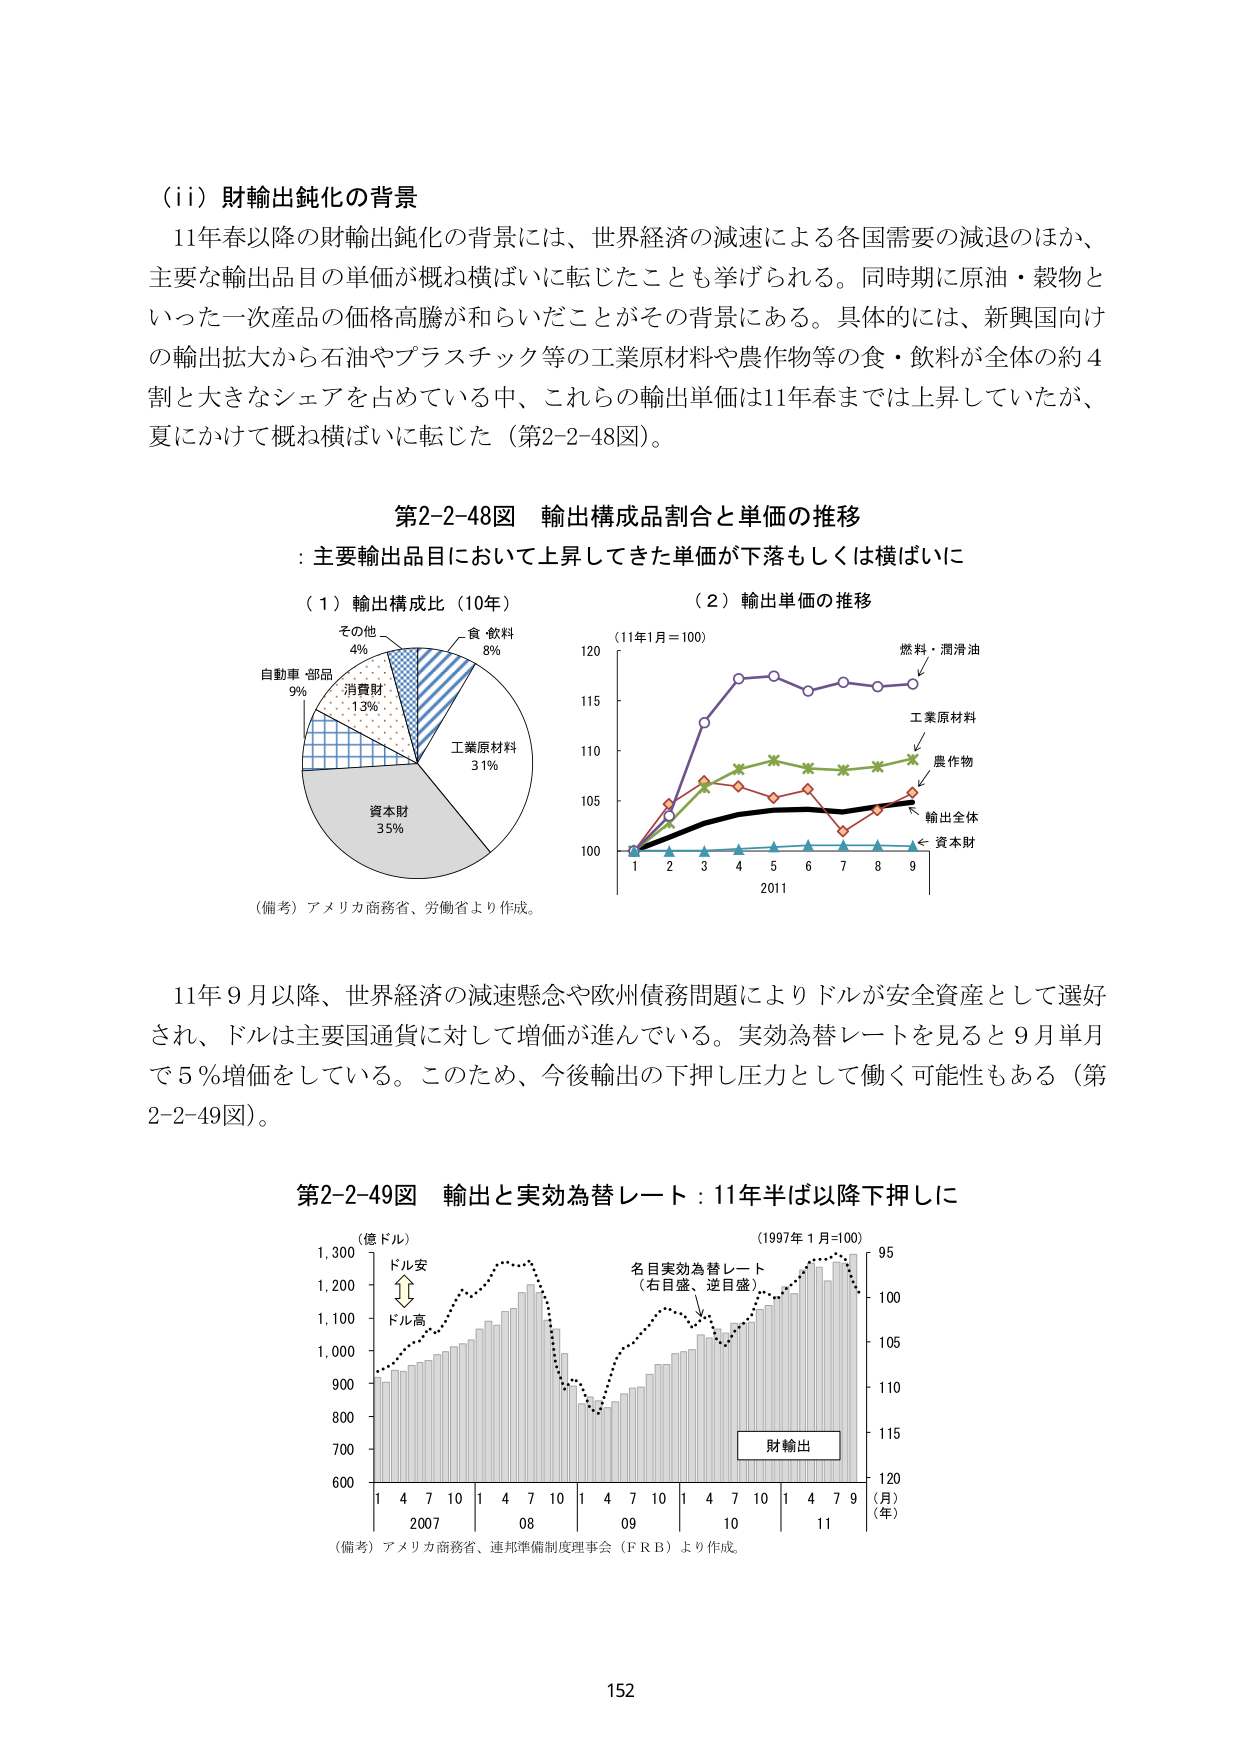
(ii) 財輸出鈍化の背景
11年春以降の財輸出鈍化の背景には、世界経済の減速による各国需要の減退のほか、主要な輸出品目の単価が概ね横ばいに転じたことも挙げられる。同時期に原油・穀物といった一次産品の価格高騰が和らいだことがその背景にある。具体的には、新興国向けの輸出拡大から石油やプラスチック等の工業原材料や農作物等の食・飲料が全体の約4割と大きなシェアを占めている中、これらの輸出単価は11年春までは上昇していたが、夏にかけて概ね横ばいに転じた（第2-2-48図）。

第2-2-48図 輸出構成品割合と単価の推移
: 主要輸出品目において上昇してきた単価が下落もしくは横ばいに

（1）輸出構成比（10年）
その他 4%
食・飲料 8%
自動車・部品 9%
消費財 13%
工業原材料 31%
資本財 35%
（備考）アメリカ商務省、労働省より作成。

（2）輸出単価の推移
（11年1月＝100）
燃料・潤滑油
工業原材料
農作物
輸出全体
資本財
120
115
110
105
100
1 2 3 4 5 6 7 8 9
2011

11年9月以降、世界経済の減速懸念や欧州債務問題によりドルが安全資産として選好され、ドルは主要国通貨に対して増価が進んでいる。実効為替レートを見ると9月単月で5％増価をしている。このため、今後輸出の下押し圧力として働く可能性もある（第2-2-49図）。

第2-2-49図 輸出と実効為替レート：11年半ば以降下押しに
（億ドル）
1,300
1,200
1,100
1,000
900
800
700
600
ドル安
ドル高
名目実効為替レート
（右目盛、逆目盛）
財輸出
（1997年1月＝100）
95
100
105
110
115
120
（月）
（年）
1 4 7 10 1 4 7 10 1 4 7 10 1 4 7 10 1 4 7 9
2007 08 09 10 11
（備考）アメリカ商務省、連邦準備制度理事会（FRB）より作成。

152